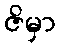
ဇိမှာ